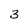
Character: 3